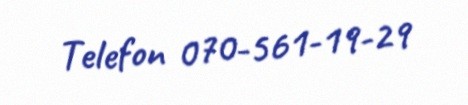
Telefon 070-561-19-29